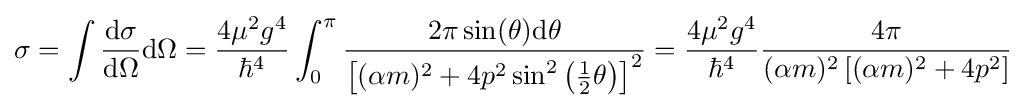
\sigma =\int {\frac {\mathrm {d} \sigma }{\mathrm {d} \Omega }}\mathrm {d} \Omega ={\frac {4\mu ^{2}g^{4}}{\hbar ^{4}}}\int _{0}^{\pi }{\frac {2\pi \sin(\theta )\mathrm {d} \theta }{\left[(\alpha m)^{2}+4p^{2}\sin ^{2}\left({\frac {1}{2}}\theta \right)\right]^{2}}}={\frac {4\mu ^{2}g^{4}}{\hbar ^{4}}}{\frac {4\pi }{(\alpha m)^{2}\left[(\alpha m)^{2}+4p^{2}\right]}}